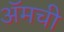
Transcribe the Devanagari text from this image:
ॲमची